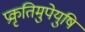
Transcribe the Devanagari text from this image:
प्रकृतिमुपेयुषि